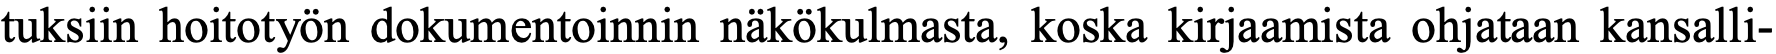
tuksiin hoitotyön dokumentoinnin näkökulmasta, koska kirjaamista ohjataan kansalli-